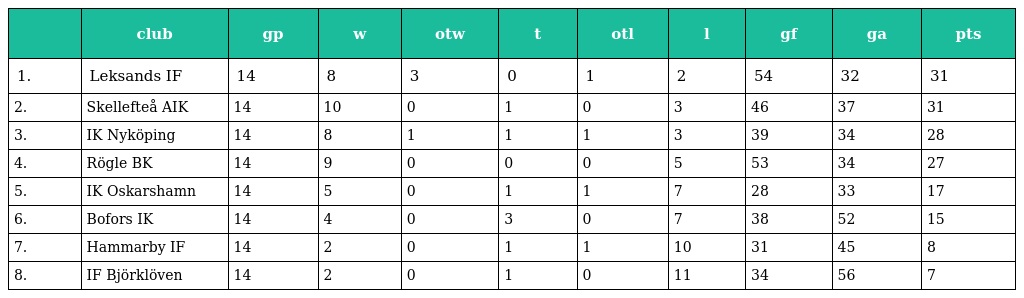
|  | club | gp | w | otw | t | otl | l | gf | ga | pts |
 | --- | --- | --- | --- | --- | --- | --- | --- | --- | --- | --- |
 | 1. | Leksands IF | 14 | 8 | 3 | 0 | 1 | 2 | 54 | 32 | 31 |
 | 2. | Skellefteå AIK | 14 | 10 | 0 | 1 | 0 | 3 | 46 | 37 | 31 |
 | 3. | IK Nyköping | 14 | 8 | 1 | 1 | 1 | 3 | 39 | 34 | 28 |
 | 4. | Rögle BK | 14 | 9 | 0 | 0 | 0 | 5 | 53 | 34 | 27 |
 | 5. | IK Oskarshamn | 14 | 5 | 0 | 1 | 1 | 7 | 28 | 33 | 17 |
 | 6. | Bofors IK | 14 | 4 | 0 | 3 | 0 | 7 | 38 | 52 | 15 |
 | 7. | Hammarby IF | 14 | 2 | 0 | 1 | 1 | 10 | 31 | 45 | 8 |
 | 8. | IF Björklöven | 14 | 2 | 0 | 1 | 0 | 11 | 34 | 56 | 7 |